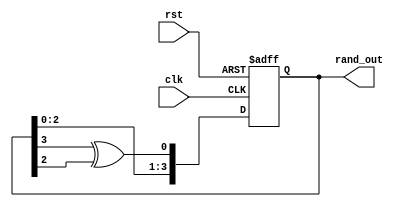
module lfsr4bit (
    input wire clk,      // Clock input
    input wire rst,      // Reset input
    output wire [3:0] rand_out // 4-bit pseudo-random output
);

reg [3:0] lfsr; // 4-bit shift register

always @(posedge clk or posedge rst) begin
    if (rst) begin
        lfsr <= 4'b0001; // Initialize with a non-zero seed
    end else begin
        // LFSR feedback connections for a 4-bit LFSR
        lfsr[0] <= lfsr[3] ^ lfsr[2];
        lfsr[1] <= lfsr[0];
        lfsr[2] <= lfsr[1];
        lfsr[3] <= lfsr[2];
    end
end

assign rand_out = lfsr;

endmodule